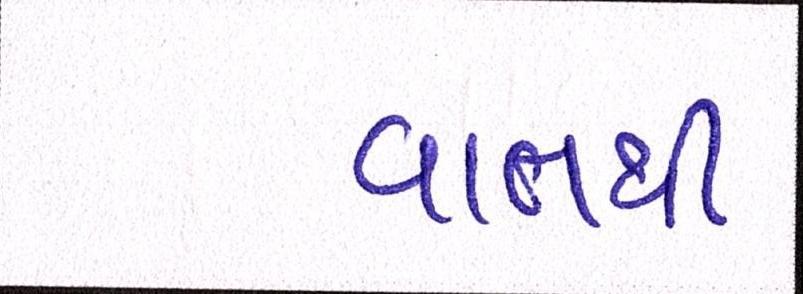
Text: વાતથી